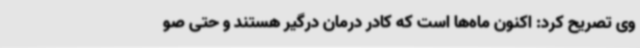
وی تصریح کرد: اکنون ماه‌ها است که کادر درمان درگیر هستند و حتی صو